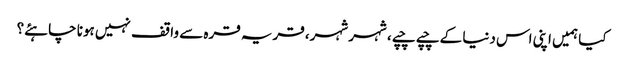
کیا ہمیں اپنی اس دنیا کے چپے چپے، شہر شہر، قریہ قرہ سے واقف نہیں ہونا چاہئے؟